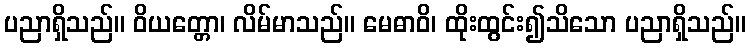
ပညာရှိသည်။ ဝိယတ္တော၊ လိမ်မာသည်။ မေဓာဝိ၊ ထိုးထွင်း၍သိသော ပညာရှိသည်။